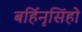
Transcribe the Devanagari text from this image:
बर्हिनृसिंहो